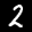
Label: 2